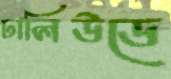
ঢালিউডে